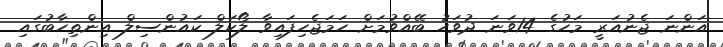
އަންނަ ޖެނުއަރީ މަހުގެ 14ވަނަ ދުވަހު ބޭއްވުމަށް ހަމަޖެހިފައިވާ ލޯކަލް ކައުންސިލް އިންތިހާބުގައި